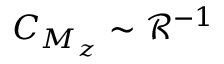
C _ { M _ { z } } \sim \mathcal { R } ^ { - 1 }